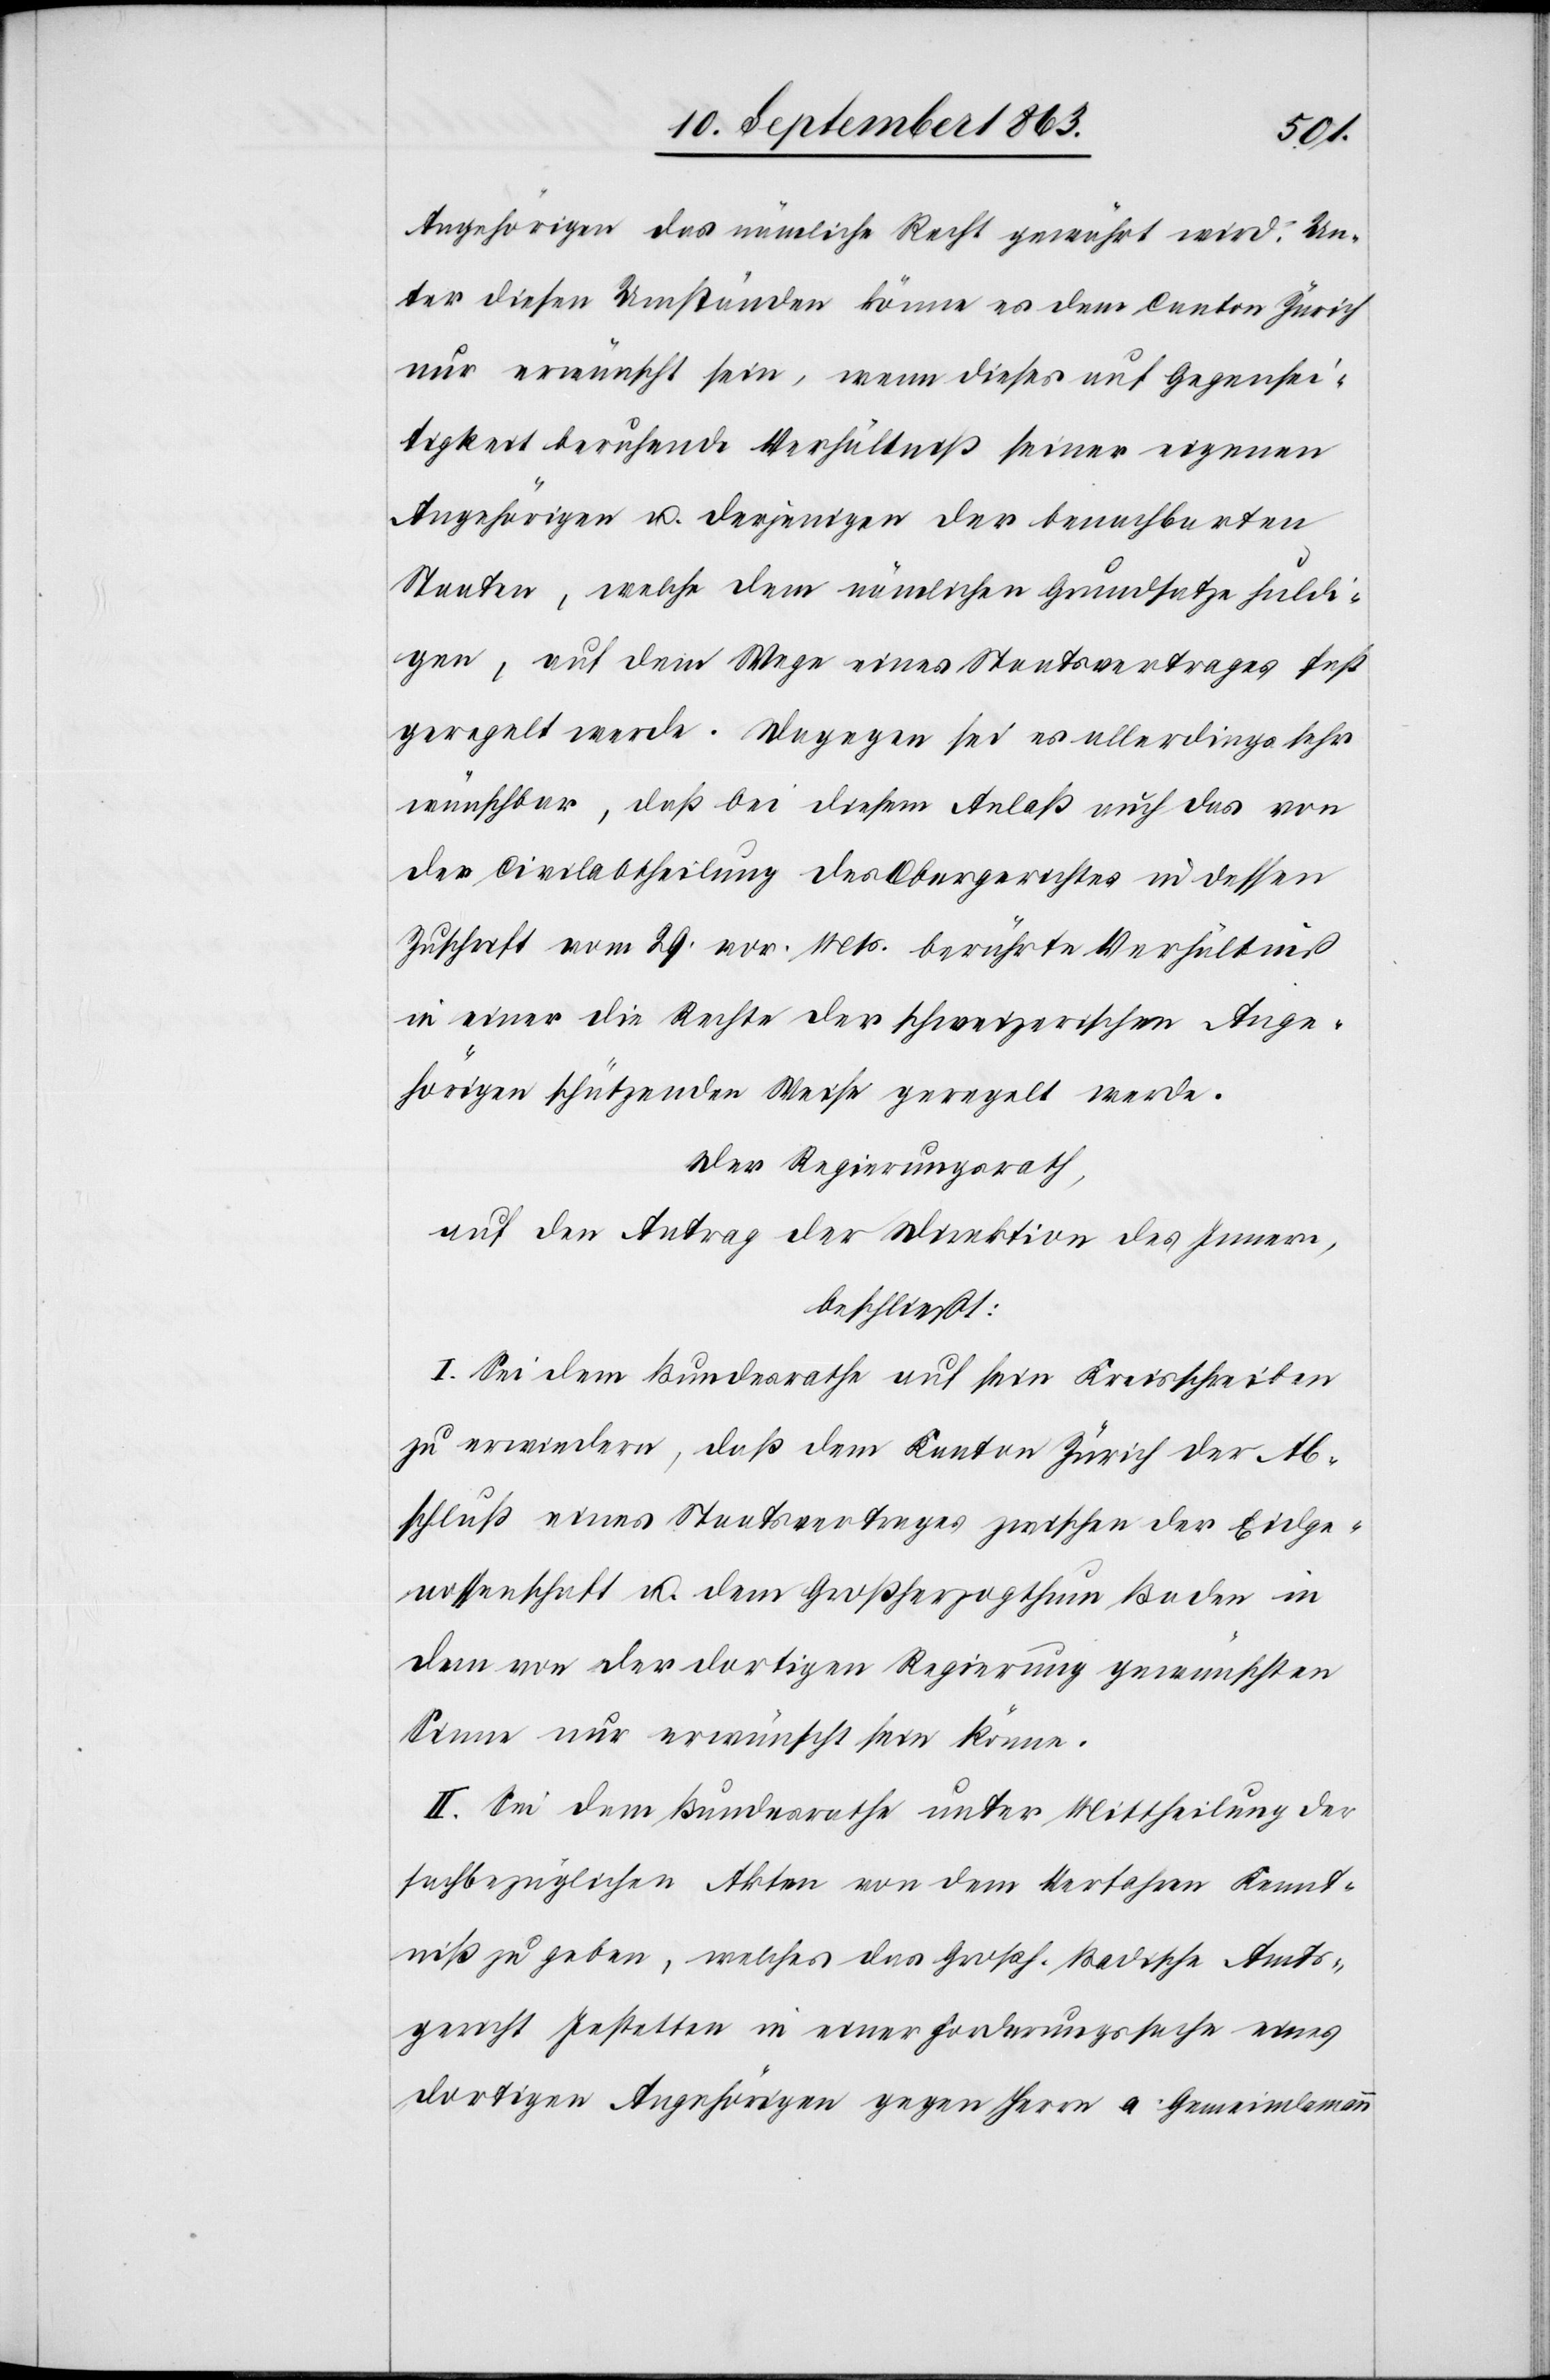
Angehörigen das nämliche Recht gewährt wird. Un¬
ter diesen Umständen könne es dem Canton Zürich
nur erwünscht sein, wenn dieses auf Gegensei¬
tigkeit beruhende Verhältniß seiner eigenen
Angehörigen u. derjenigen der benachbarten
Staaten, welche dem nämlichen Grundsatze huldi¬
gen, auf dem Wege eines Staatsvertrages fest
geregelt werde. Dagegen sei es allerdings sehr
wünschbar, daß bei diesem Anlaß auch das von
der Civilabtheilung des Obergerichtes in dessen
Zuschrift vom 29. vor. Mts. berührte Verhältniß
in einer die Rechte der schweizerischen Ange¬
hörigen schützenden Weise geregelt werde.
Der Regierungsrath,
auf den Antrag der Direktion des Innern,
beschließt:
I. Sei dem Bundesrathe auf sein Kreisschreiben
zu erwiedern, daß dem Kanton Zürich der Ab¬
schluß eines Staatsvertrages zwischen der Eidge¬
nossenschaft u. dem Großherzogthum Baden in
dem von der dortigen Regierung gewünschten
Sinne nur erwünscht sein könne.
II. Sei dem Bundesrathe unter Mittheilung der
sachbezüglichen Akten von dem Verfahren Kennt¬
niß zu geben, welches das Großh. Badische Amts¬
gericht Jestetten in einer Forderungssache eines
dortigen Angehörigen gegen Herrn a. Gemeindamann